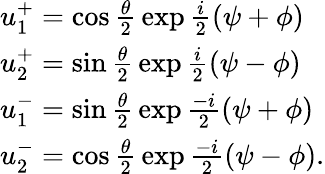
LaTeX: \begin{array}{lcr}{{u_{1}^{+}=\cos{\frac{\theta}{2}}\exp{\frac{i}{2}}(\psi+\phi)}}\\ {{u_{2}^{+}=\sin{\frac{\theta}{2}}\exp{\frac{i}{2}}(\psi-\phi)}}\\ {{u_{1}^{-}=\sin{\frac{\theta}{2}}\exp{\frac{-i}{2}}(\psi+\phi)}}\\ {{u_{2}^{-}=\cos{\frac{\theta}{2}}\exp{\frac{-i}{2}}(\psi-\phi).}}\end{array}